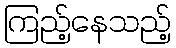
ကြည့်နေသည့်